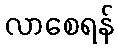
လာစေရန်